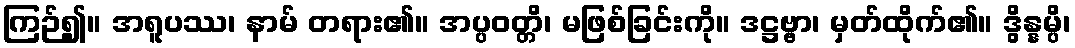
ကြဉ်၍။ အရူပဿ၊ နာမ် တရား၏။ အပ္ပဝတ္တိ၊ မဖြစ်ခြင်းကို။ ဒဋ္ဌဗ္ဗာ၊ မှတ်ထိုက်၏။ ဒွိန္နမ္ပိ၊